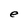
Character: e